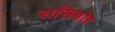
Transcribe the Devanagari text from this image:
रासिबोर